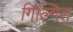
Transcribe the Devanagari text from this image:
गिल्गित